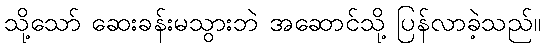
သို့သော် ဆေးခန်းမသွားဘဲ အဆောင်သို့ ပြန်လာခဲ့သည်။